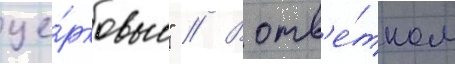
це́рковью" // В отв'е́тном